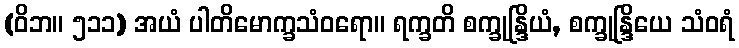
(ဝိဘ။ ၅၁၁) အယံ ပါတိမောက္ခသံဝရော။ ရက္ခတိ စက္ခုန္ဒြိယံ, စက္ခုန္ဒြိယေ သံဝရံ